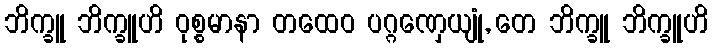
ဘိက္ခူ ဘိက္ခူဟိ ဝုစ္စမာနာ တထေဝ ပဂ္ဂဏှေယျုံ, တေ ဘိက္ခူ ဘိက္ခူဟိ